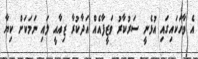
އެ ވާހަކައިގައި އުޅެނީ ސަރުކާރު ވަޒީފާއެއް އަދާކުރާ ޒިއާއީ ލައި ނަމަކަށް ކިޔާ